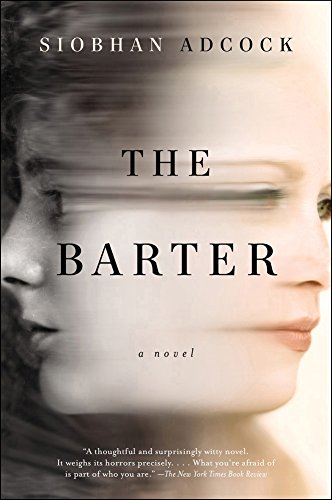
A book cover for The Barter: A Novel; Siobhan Adcock; Literature & Fiction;